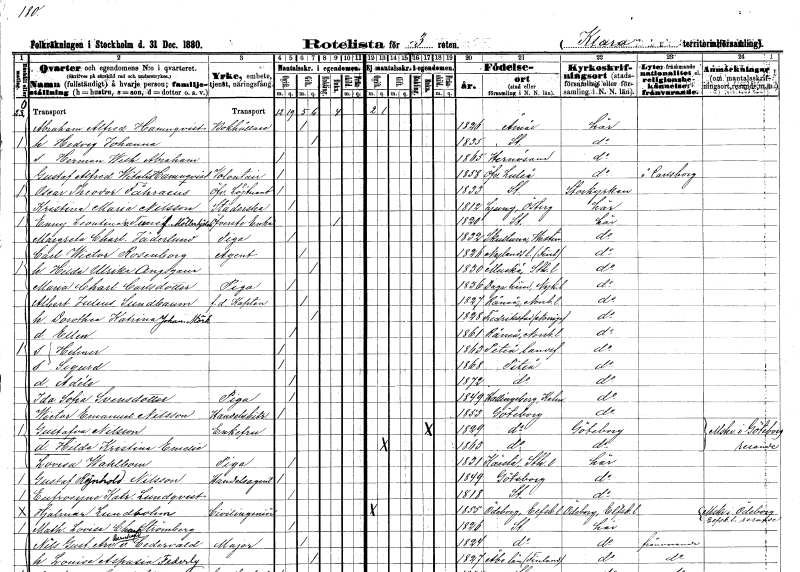
gt_parse: households: individuals: FN: Abraham Alfred
EN: Hamnqvist
YRKE: Bokhållare
KON: M
CIV: G
FODAR: 1826
FODFORS: Åmål Älvsborgs län
FN: Hedvig Johanna
KON: K
CIV: G
FODAR: 1835
FODFORS: Stockholm
FN: Herman Wilhelm Abraham
KON: M
CIV: O
FODAR: 1865
FODFORS: Härnösand Västernorrlands län
FN: Gustaf Alfred Vitalis
EN: Hamnqvist
YRKE: Volontär armén o flottan
KON: M
CIV: O
FODAR: 1858
FODFORS: Överluleå Norrbottens län
FN: Oscar Theodor
EN: Fåhraeus
YRKE: Överstelöjtnant
KON: M
CIV: O
FODAR: 1833
FODFORS: Stockholm
FN: Kristina Maria
EN: Nilsson
YRKE: Städerska
KON: K
CIV: O
FODAR: 1812
FODFORS: Ljung Östergötlands län
FN: Enny Leontina
EN: v. Tuné Möllerhjelm
YRKE: Översteänka
KON: K
CIV: E
FODAR: 1820
FODFORS: Stockholm
FN: Margareta Charlotta
EN: Jäderlund
YRKE: Piga
KON: K
CIV: O
FODAR: 1832
FODFORS: Skultuna Västmanlands län
FN: Carl Wictor
EN: Rosenborg
YRKE: Agent
KON: M
CIV: G
FODAR: 1826
FN: Hilda Ulrika
EN: Angsgarin
KON: K
CIV: G
FODAR: 1830
FODFORS: Muskö Stockholms län
FN: Maria Charlotta
EN: Carlsdotter
YRKE: Piga
KON: K
CIV: O
FODAR: 1836
FODFORS: Härad Södermanlands län
FN: Albert Julius
EN: Sundbaum
YRKE: Kapten f.d.
KON: M
CIV: G
FODAR: 1827
FODFORS: Råneå Norrbottens län
FN: Dorothea Katrina Johanna
EN: Mörk
KON: K
CIV: G
FODAR: 1828
FN: Ellen
KON: K
CIV: O
FODAR: 1861
FODFORS: Råneå Norrbottens län
FN: Helmer
KON: M
CIV: O
FODAR: 1863
FODFORS: Piteå landsförsamling Norrbottens län
FN: Sigurd
KON: M
CIV: O
FODAR: 1868
FODFORS: Piteå Norrbottens län
FN: Adéle
KON: K
CIV: O
FODAR: 1872
FODFORS: Piteå Norrbottens län
FN: Ida Sofia
EN: Svensdotter
YRKE: Piga
KON: K
CIV: O
FODAR: 1849
FODFORS: Hallingeberg Kalmar län
FN: Wictor Emanuel
EN: Nilsson
YRKE: Handelsbiträde
KON: M
CIV: O
FODAR: 1853
FODFORS: Göteborg Göteborgs- och Bohuslän
FN: Gustafva
EN: Nilsson
KON: K
CIV: E
FODAR: 1829
FODFORS: Göteborg Göteborgs- och Bohuslän
FN: Hilda Kristina Emelie
KON: K
CIV: O
FODAR: 1863
FODFORS: Göteborg Göteborgs- och Bohuslän
FN: Lovisa
EN: Wahlbom
YRKE: Piga
KON: K
CIV: O
FODAR: 1831
FODFORS: Kårsta Stockholms län
FN: Gustaf Rejnhold
EN: Nilsson
YRKE: Handelsagent
KON: M
CIV: O
FODAR: 1849
FODFORS: Göteborg Göteborgs- och Bohuslän
FN: Eufrosyne Katrina
EN: Lundqvist
KON: K
CIV: O
FODAR: 1818
FODFORS: Stockholm
FN: Hjalmar
EN: Lundbohm
YRKE: Civilingenjör
KON: M
CIV: O
FODAR: 1855
FODFORS: Ödeborg Älvsborgs län
FN: Mathilda Lovisa Charlotta
EN: Strömberg
KON: K
CIV: O
FODAR: 1826
FODFORS: Stockholm
FN: Nils Gustaf Arvid Bernhard
EN: v. Cedervald
YRKE: Major
KON: M
CIV: G
FODAR: 1824
FODFORS: Stockholm
FN: Louise Aspasia
EN: Federly
KON: K
CIV: G
FODAR: 1827